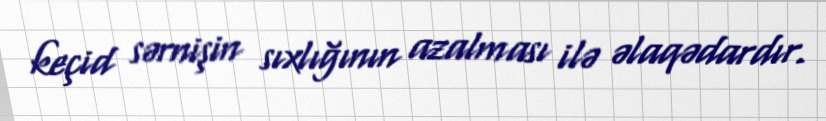
keçid sərnişin sıxlığının azalması ilə əlaqədardır.